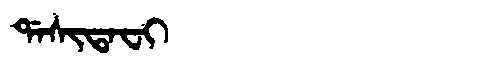
Manchu: ᡩᠠᠰᡳᡨᠠᠸᡳ
Romanization: DASITAFI